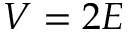
V = 2 E